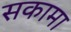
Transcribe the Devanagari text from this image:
सकामा